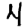
Digit: 4